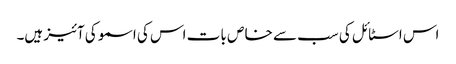
اس اسٹا ئل کی سب سے خا ص با ت اس کی اسمو کی آئیز ہیں۔